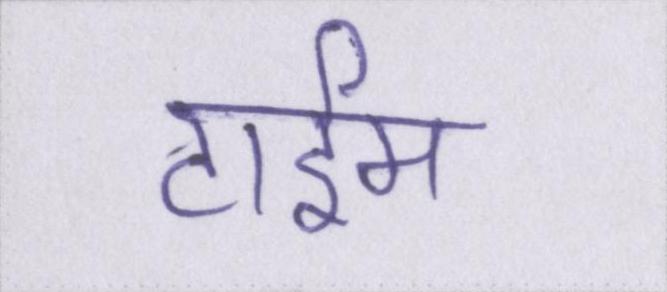
टाईम